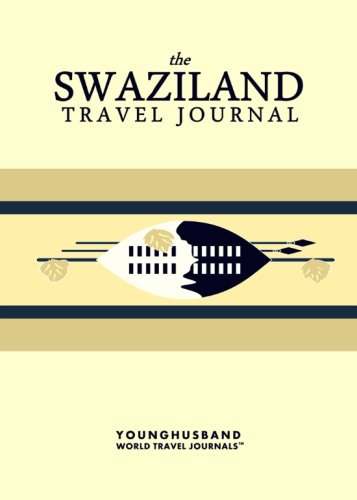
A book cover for The Swaziland Travel Journal; Younghusband World Travel Journals; Travel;